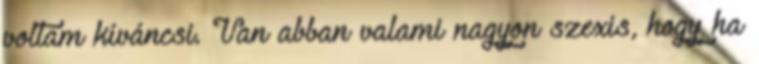
voltam kíváncsi. Van abban valami nagyon szexis, hogy ha